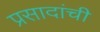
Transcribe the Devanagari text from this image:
प्रसादांची